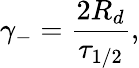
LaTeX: \gamma_{-}=\frac{2R_{d}}{\tau_{1/2}},